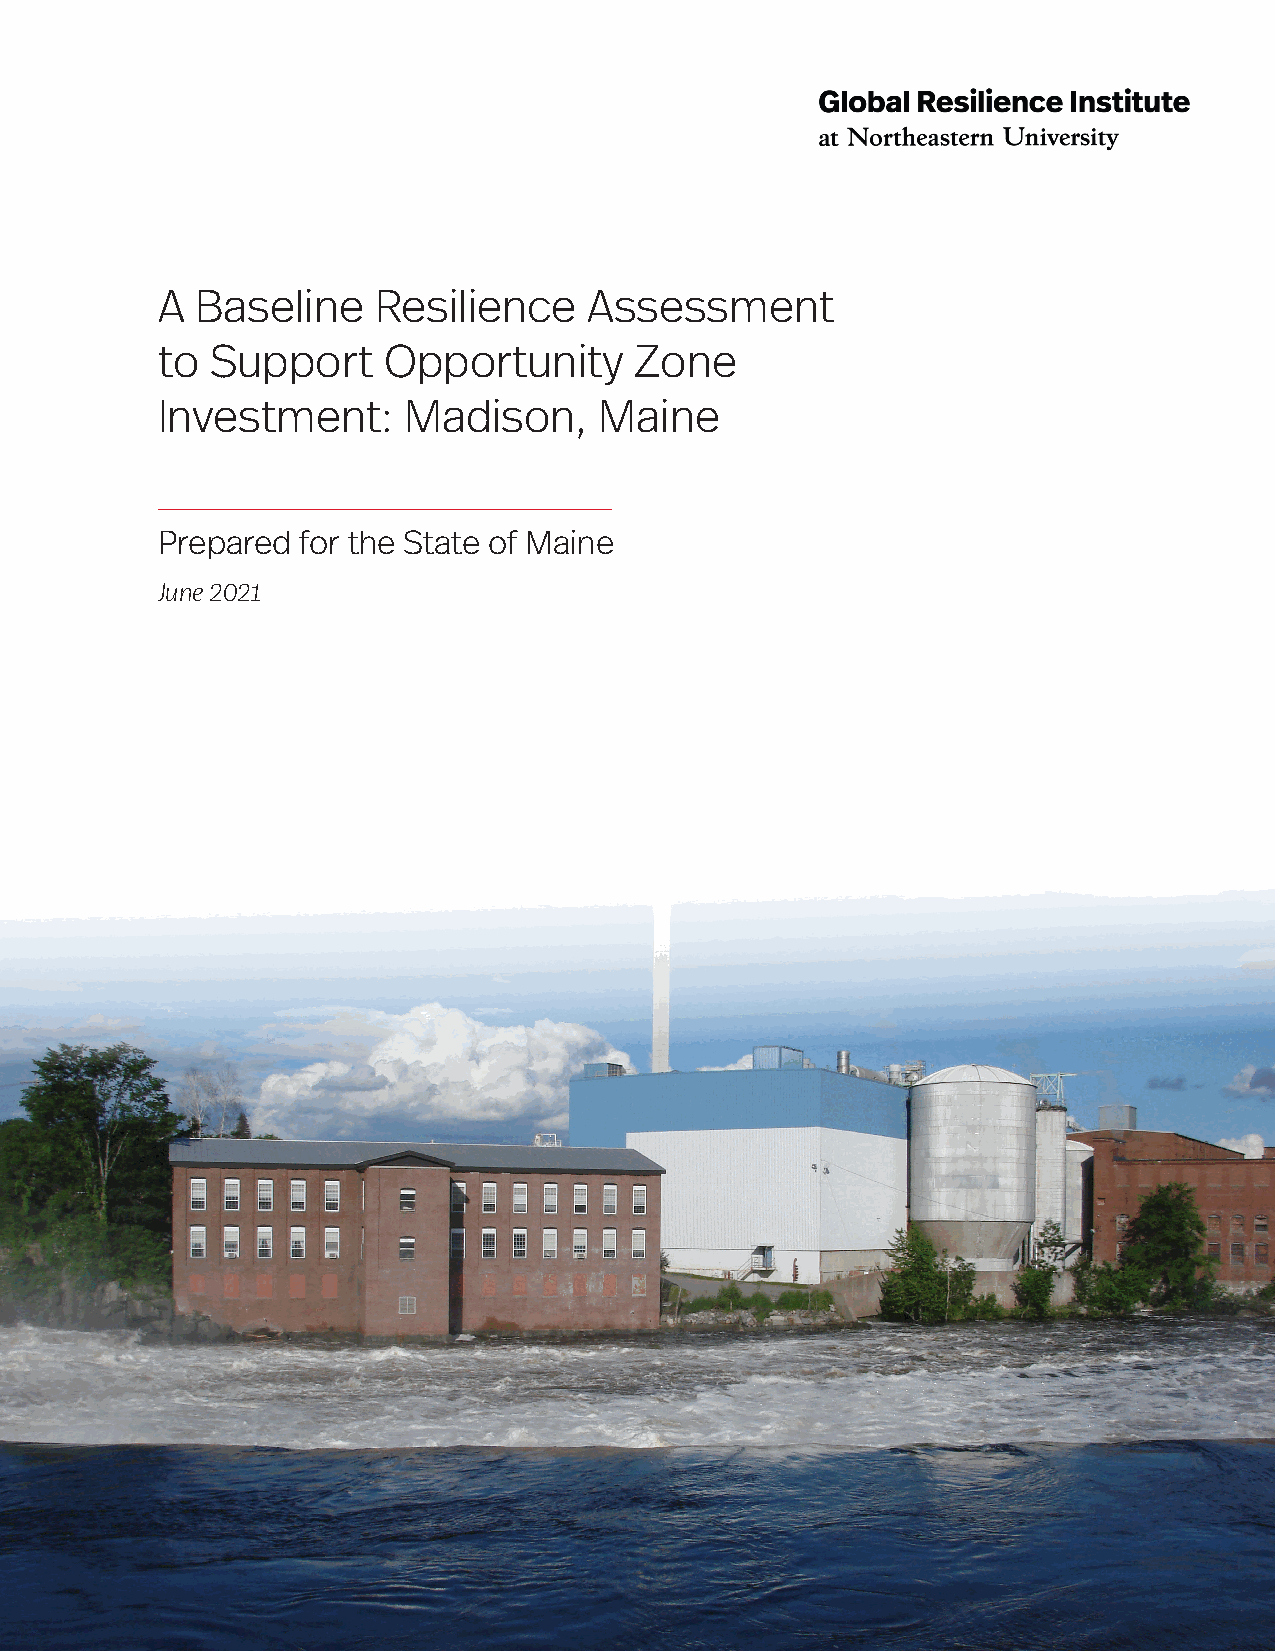
A  Baseline    Resilience    Assessment
 to  Support    Opportunity      Zone
 Investment:      Madison,     Maine
 Prepared  for the State of Maine
 June 2021